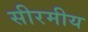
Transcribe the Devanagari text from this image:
सीरमीय